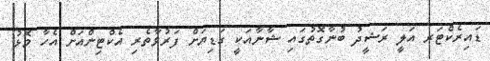
ޑައިރެކްޓަރ އަލީ ރަޝީދު ބުނާގޮތުގައި ޝާނާއަކީ ގަޑިޔަށް ފަރުވާތެރި އެކްޓިންއަށް އެހާ މޮޅު